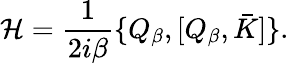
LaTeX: {\cal H}=\frac{1}{2i\beta}\{ Q_{\beta},[Q_{\beta},\bar{K}]\} .